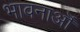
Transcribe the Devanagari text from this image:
भावनाऒं